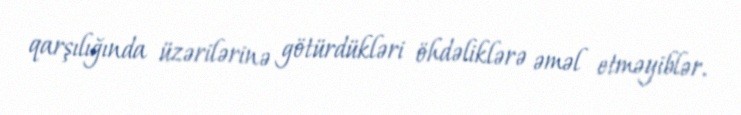
qarşılığında üzərilərinə götürdükləri öhdəliklərə əməl etməyiblər.